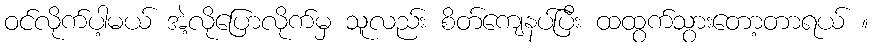
ဝင်လိုက်ပါ့မယ် အဲ့လိုပြောလိုက်မှ သူလည်း စိတ်ကျေနပ်ပြီး ထထွက်သွားတော့တာရယ် ။